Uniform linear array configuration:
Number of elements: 32
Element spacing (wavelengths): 1
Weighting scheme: blackman
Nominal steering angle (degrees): -45
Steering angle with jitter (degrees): -46.818
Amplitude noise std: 0.05
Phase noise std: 0.05

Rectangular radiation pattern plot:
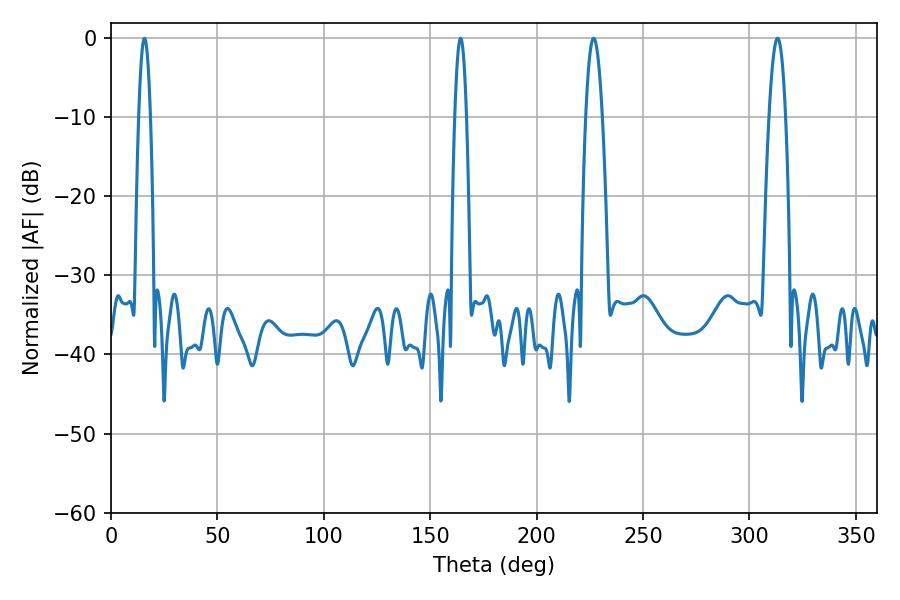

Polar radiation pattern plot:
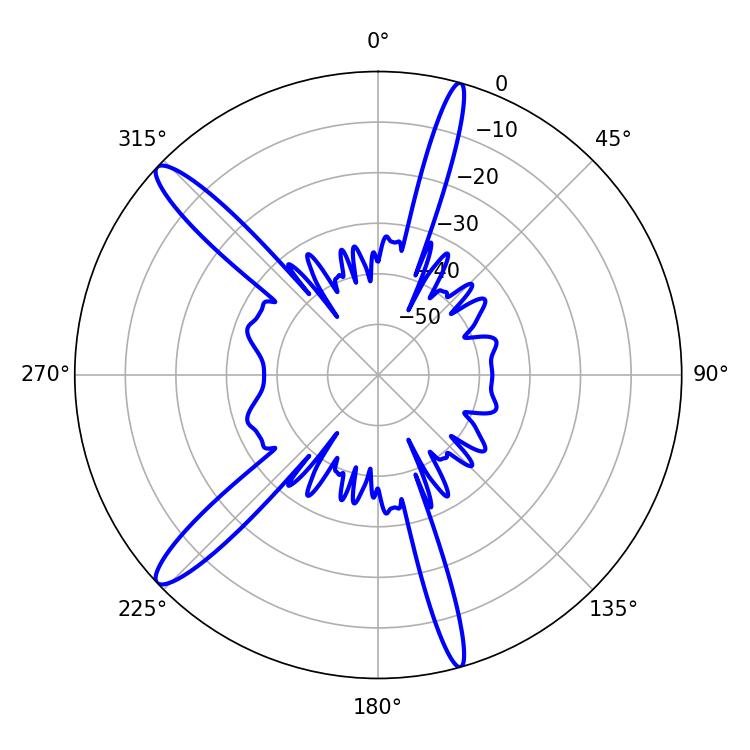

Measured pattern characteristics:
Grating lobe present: TRUE
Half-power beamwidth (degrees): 4.32
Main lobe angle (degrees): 226.8